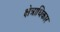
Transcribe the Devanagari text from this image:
क्ष्‍ोत्राधिकार